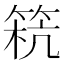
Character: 𥮕